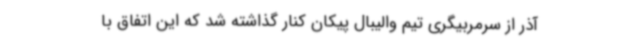
آذر از سرمربیگری تیم والیبال پیکان کنار گذاشته شد که این اتفاق با